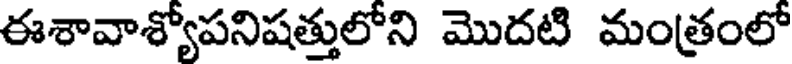
ఈశావాశ్యోపనిషత్తులోని మొదటి మంత్రంలో